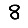
Digit: 8